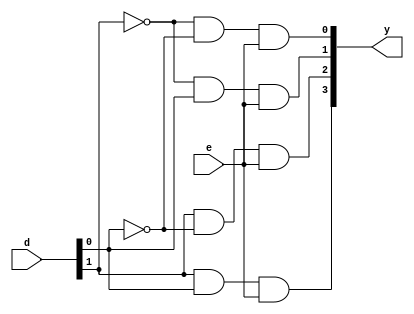
module dec24g (
    output [3:0] y,
    input [1:0] d, input e
);
    
    wire dbar[1:0];
    not n1 (dbar[0],d[0]);
    not n2 (dbar[1],d[1]);
    
    and a1 (y[0],dbar[1],dbar[0],e);
    and a2 (y[1],dbar[1],d[0],e);
    and a3 (y[2],d[1],dbar[0],e);
    and a4 (y[3],d[1],d[0],e);
    
endmodule

module dec416sft (
    output [15:0] y,
    input [3:0] d
);
    assign y = 1<<(d);
    
endmodule

module A1_8_rtl (
    output [15:0] y416,output [3:0] y24,
    input [3:0] d, input e
);
    dec24g d1 (y24,d[1:0],e);
    dec416sft d2 (y416,d);
    
endmodule